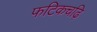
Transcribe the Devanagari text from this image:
फटिकचढ़ि